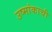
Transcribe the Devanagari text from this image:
उष्मांकाची